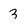
Character: 3